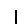
Digit: 1